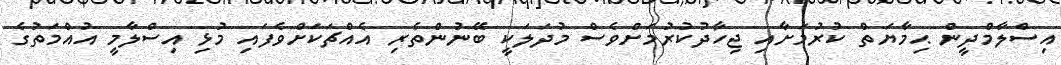
އިސްލާމްދީން ޙިމާޔަތް ކުރުމަށާއި ޖިހާދުކުރުމަށްވެސް މުދަލަކީ ބޭނުންތެރި އެއްޗަކަށްވެފައި މުޅި އިސްލާމީ އުއްމަތުގެ